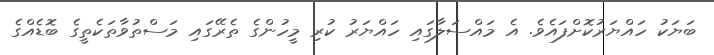
ބަޔަކު ހައްޔަރުކޮށްފައެވެ. އެ މައްސަލާގައި ހައްޔަރު ކުރި މީހުންގެ ތެރޭގައި މަސްތުވާތަކެތީގެ ބޮޑެއްގެ